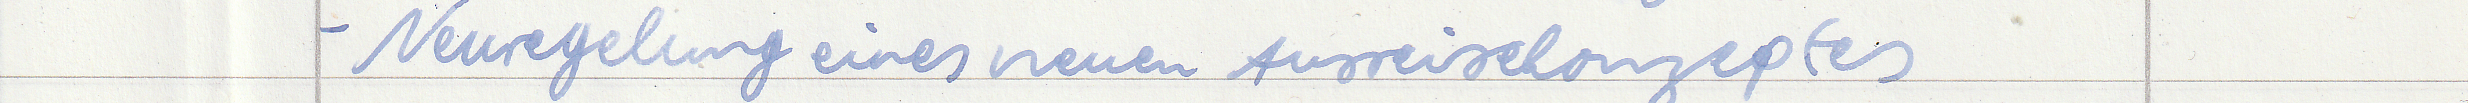
- Neuregelung eines neuen Ausreisekonzeptes